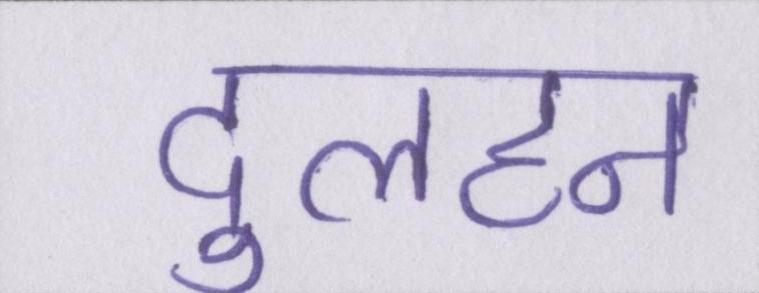
दुलहन